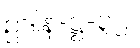
ဥဒါန-ဋ္ဌ-၃၂။